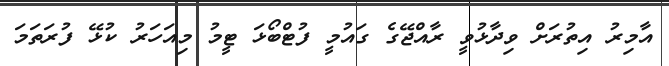
އާމިރު އިތުރަށް ވިދާޅުވީ ރާއްޖޭގެ ގައުމީ ފުޓްބޯޅަ ޓީމު މިއަހަރު ކުޅޭ ފުރަތަމަ